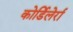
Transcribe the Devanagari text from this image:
कोर्डिलेर्रा